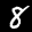
Label: 8